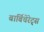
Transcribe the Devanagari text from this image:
बार्बिचेरेट्स